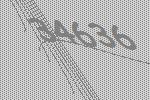
34636